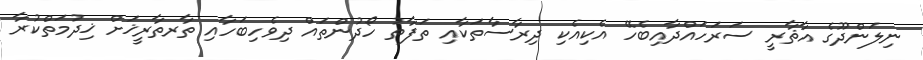
ނިލަންދޫގެ އާޘާރީ ސަރަހައްދާއިބެހޭ އެކިއެކި ދިރާސާތަކާއި ތަފާތު ހޯދުންތައް ދިވެހިބަހާއި ތާރތާރީޚަށް ޚިދުމަތްކުރާ